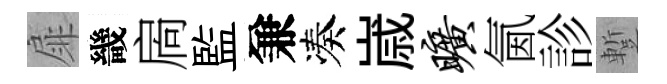
扉畿扄監兼凑𡻕旷氤診蹔